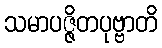
သမာပဇ္ဇိတပုဗ္ဗာတိ